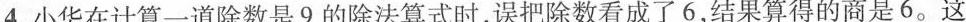
4. 小华在计算一道除数是9的除法算式时，误把除数看成了6，结果算得的商是6。这